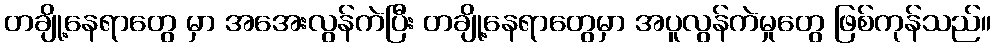
တချို့နေရာတွေ မှာ အအေးလွန်ကဲပြီး တချို့နေရာတွေမှာ အပူလွန်ကဲမှုတွေ ဖြစ်ကုန်သည်။